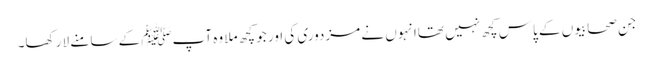
جن صحابیوں کے پاس کچھ نہیں تھاانہوں نے مزدوری کی اور جو کچھ ملا وہ آپﷺ کے سامنے لا رکھا۔